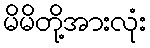
မိမိတို့အားလုံး